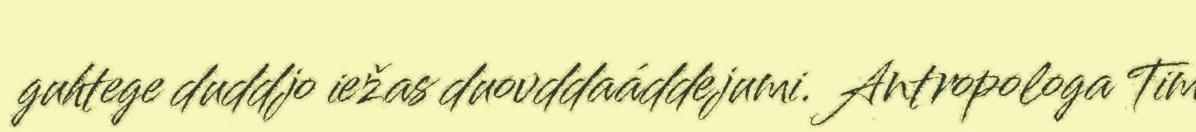
guhtege duddjo iežas duovddaáddejumi. Antropologa Tim